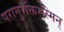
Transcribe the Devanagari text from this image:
परानुरक्तिरस्मिन्‌